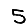
Digit: 5